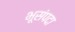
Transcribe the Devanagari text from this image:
भूसंपदा